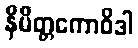
နိမိတ္တကောဝိဒါ